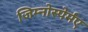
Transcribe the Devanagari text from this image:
जिम्नोस्पेर्मए